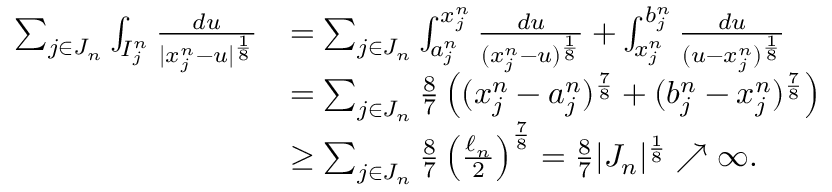
\begin{array} { r l } { \sum _ { j \in J _ { n } } \int _ { I _ { j } ^ { n } } \frac { d u } { | x _ { j } ^ { n } - u | ^ { \frac { 1 } { 8 } } } } & { = \sum _ { j \in J _ { n } } \int _ { a _ { j } ^ { n } } ^ { x _ { j } ^ { n } } \frac { d u } { ( x _ { j } ^ { n } - u ) ^ { \frac { 1 } { 8 } } } + \int _ { x _ { j } ^ { n } } ^ { b _ { j } ^ { n } } \frac { d u } { ( u - x _ { j } ^ { n } ) ^ { \frac { 1 } { 8 } } } } \\ & { = \sum _ { j \in J _ { n } } \frac { 8 } { 7 } \left( ( x _ { j } ^ { n } - a _ { j } ^ { n } ) ^ { \frac { 7 } { 8 } } + ( b _ { j } ^ { n } - x _ { j } ^ { n } ) ^ { \frac { 7 } { 8 } } \right) } \\ & { \geq \sum _ { j \in J _ { n } } \frac { 8 } { 7 } \left( \frac { \ell _ { n } } { 2 } \right) ^ { \frac { 7 } { 8 } } = \frac { 8 } { 7 } | J _ { n } | ^ { \frac { 1 } { 8 } } \nearrow \infty . } \end{array}